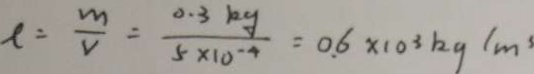
e = \frac { m } { V } = \frac { 0 . 3 k g } { 5 \times 1 0 ^ { - 4 } } = 0 . 6 \times 1 0 ^ { 3 } k g / m ^ { 3 }